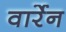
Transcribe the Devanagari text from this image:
वार्रेन